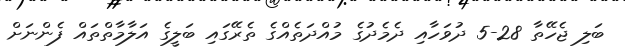
ބަލި ޖެހޭތާ 28-5 ދުވަހާއި ދެމެދުގެ މުއްދަތެއްގެ ތެރޭގައި ބަލީގެ އަލާމާތްތައް ފެންނަށް